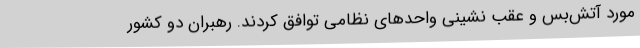
مورد آتش‌بس و عقب نشینی واحدهای نظامی توافق کردند. رهبران دو کشور